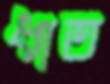
ধাত